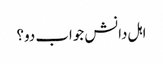
اہل دانش جواب دو؟